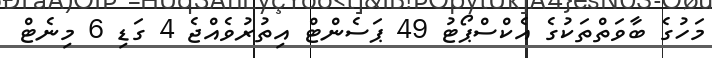
މަހުގެ ބާވަތްތަކުގެ އެކްސްޕޯޓު 49 ޕަސެންޓް އިތުރުވެއްޖެ 4 ގަޑި 6 މިނެޓް